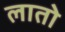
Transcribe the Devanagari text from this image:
लातो